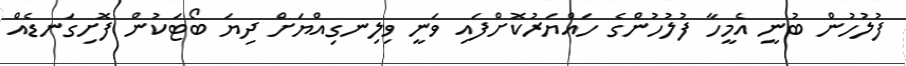
ފުލުހުން ބުނީ އެމީހާ ފުލުހުންގެ ހައްޔަރުކޮށްފައި ވަނީ ވިލިނގިއްޔަށް ދިޔަ ބޯޓަކުން ފޮށިގަނޑެއް